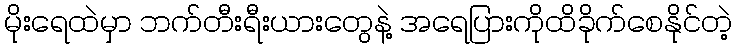
မိုးရေထဲမှာ ဘက်တီးရီးယားတွေနဲ့ အရေပြားကိုထိခိုက်စေနိုင်တဲ့